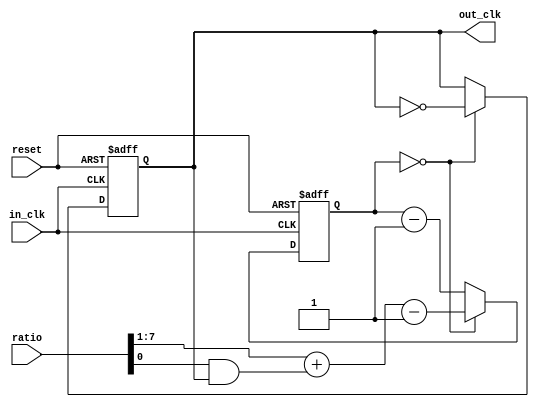
module clk_divider(input reset, input wire in_clk,output reg out_clk, input [7:0] ratio);
   reg [7:0] counter;
   
   // FIXME maybe should use PLL or switch to double edge version	
	
   always @(posedge in_clk or posedge reset)
     if(reset)
       counter <= #1 8'd0;
     else if(counter == 0)
       counter <= #1 ratio[7:1] + (ratio[0] & out_clk) - 8'b1;
     else
       counter <= #1 counter-8'd1;
   
   always @(posedge in_clk or posedge reset)
     if(reset)
       out_clk <= #1 1'b0;
     else if(counter == 0)
       out_clk <= #1 ~out_clk;
   
endmodule